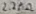
Text: 2.2MΩ